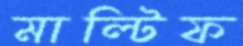
মাল্টিফ